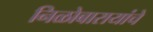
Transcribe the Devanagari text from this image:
निळोबारायांचे